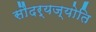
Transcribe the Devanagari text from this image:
सौंदर्यज्योति